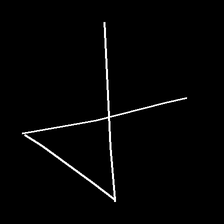
Glyph: collection